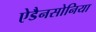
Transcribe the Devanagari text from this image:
ऐडैनसोनिया